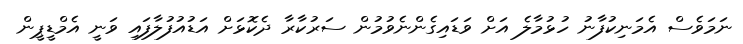
ނަމަވެސް އެމަނިކުފާނު ހުޅުމާލެ އަށް ވަޑައިގެންނެވުމުން ސަރުކާރާ ދެކޮޅަށް އަޑުއުފުލާފައި ވަނީ އެމްޑީޕީން